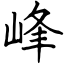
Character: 峰